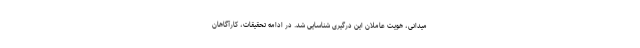
میدانی، هویت عاملان این درگیری شناسایی شد. در ادامه تحقیقات، کارآگاهان